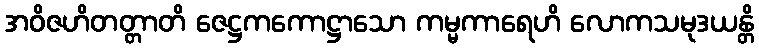
အဝိဇဟိတတ္တာတိ ဇေဋ္ဌကကောဋ္ဌာသော ကမ္မကာရေဟိ လောကသမုဒယန္တိ